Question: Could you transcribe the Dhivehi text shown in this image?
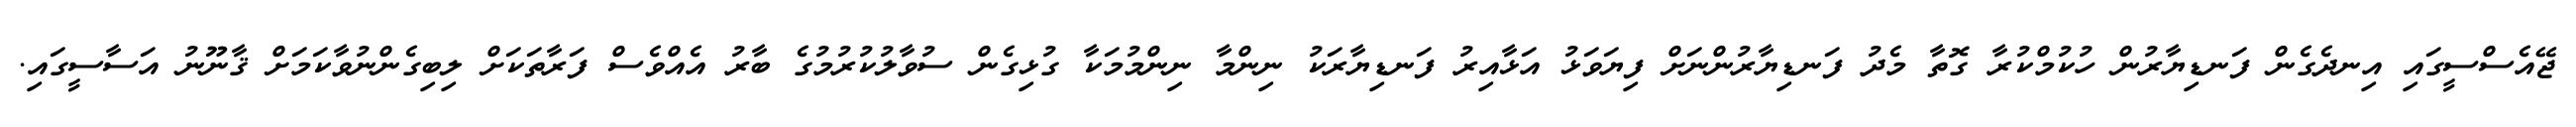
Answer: ޖޭއެސްސީގައި އިނދެގެން ފަނޑިޔާރުން ހުކުމްކުރާ ގޮތާ މެދު ފަނޑިޔާރުންނަށް ފިޔަވަޅު އަޅާއިރު ފަނޑިޔާރަކު ނިންމާ ނިންމުމަކާ ގުޅިގެން ސުވާލުކުރުމުގެ ބާރު އެއްވެސް ފަރާތަކަށް ލިބިގެންނުވާކަމަށް ޤާނޫނު އަސާސީގައި.